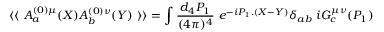
\langle \langle \ A _ { a } ^ { ( 0 ) \mu } ( X ) A _ { b } ^ { ( 0 ) \nu } ( Y ) \ \rangle \rangle = \int { \frac { d _ { 4 } P _ { 1 } } { ( 4 \pi ) ^ { 4 } } } \ e ^ { - i P _ { 1 } . ( X - Y ) } \delta _ { a b } \ i G _ { c } ^ { \mu \nu } ( P _ { 1 } )